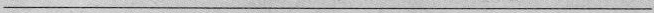
___